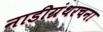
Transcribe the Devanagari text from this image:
नाडीग्रंथरचना